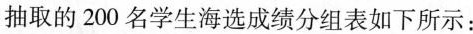
抽取的200名学生海选成绩分组表如下所示：